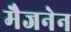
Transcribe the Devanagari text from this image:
मैजनेन